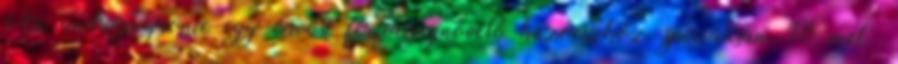
Az andropeyronie egy orvosi férfiasságnövelő húzóeszköz, speciálisan. 10 metų